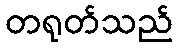
တရုတ်သည်